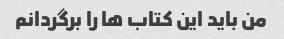
من باید این کتاب ها را برگردانم